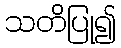
သတိပြု၍